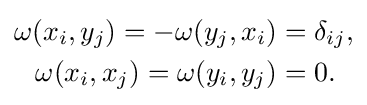
{\begin{aligned}\omega (x_{i},y_{j})=-\omega (y_{j},x_{i})&=\delta _{ij},\\\omega (x_{i},x_{j})=\omega (y_{i},y_{j})&=0.\end{aligned}}